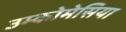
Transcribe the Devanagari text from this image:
उम्कोमेसिया